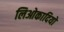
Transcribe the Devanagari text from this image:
लिओकादियो